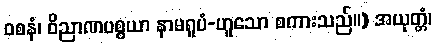
ဝစနံ၊ ဝိညာဏပစ္စယာ နာမရူပံ-ဟူသော စကားသည်။) အယုတ္တံ၊